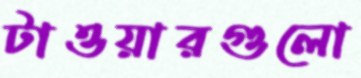
টাওয়ারগুলো